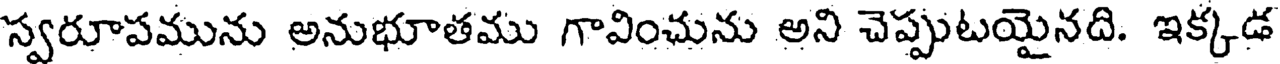
స్వరూపమును అనుభూతము గావించును అని చెప్పుటయైనది. ఇక్కడ